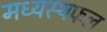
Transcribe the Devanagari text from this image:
मध्यस्थफल